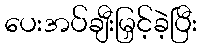
ပေးအပ်ချီးမြှင့်ခဲ့ပြီး